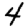
Digit: 4